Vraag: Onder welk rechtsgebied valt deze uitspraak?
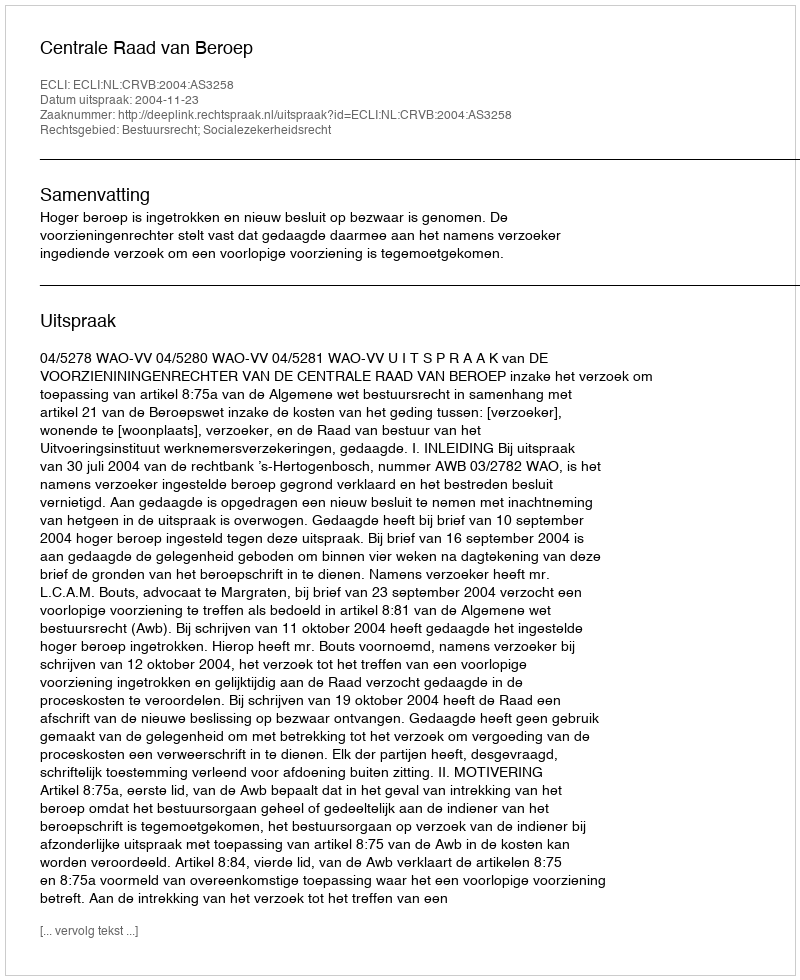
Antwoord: Bestuursrecht; Socialezekerheidsrecht